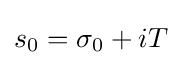
s_{0}=\sigma _{0}+iT